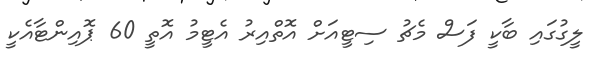
ލީގުގައި ބާކީ ފަސް މެޗު ސިޓީއަށް އޮތްއިރު އެޓީމު އޮތީ 60 ޕޮއިންޓާއެކީ